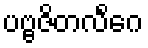
ပဗ္ဗဇိတလိင်္ဂေ